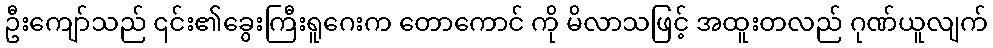
ဦးကျော်သည် ၎င်း၏ခွေးကြီးရူဂေးက တောကောင် ကို မိလာသဖြင့် အထူးတလည် ဂုဏ်ယူလျက်